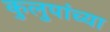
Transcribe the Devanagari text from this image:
कुलुपांच्या